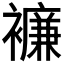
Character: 𧞋